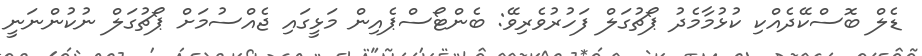
ޑެލް ބޮސްކޭދެއްކި ކުޅުމާމެދު ޕޯޗުގަލް ފަހުރުވެރިވޭ: ބެންޓޯސްޕެއިން މަޅީގައި ޖެއްސުމަށް ޕޯޗުގަލް ނުކުންނަނީ